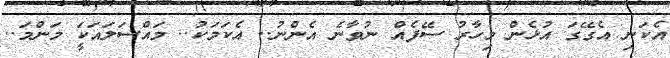
އެކަނި އެގޭގަ އުޅެން މިހާރު ސޭފެއް ނުވާނެ އެންނު.. އެކަމަކު.. މައްސަލައަކަީ މަންމަ..